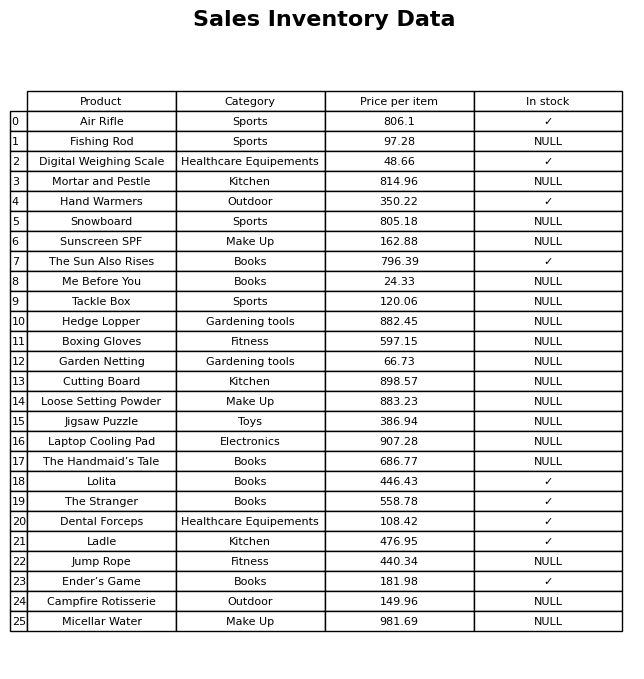
question: What is the price of the Snowboard?
answer: The price of Snowboard is 805.18.